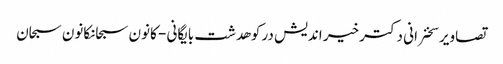
تصاویر سخنرانی دکتر خیر اندیش در کوهدشت بایگانی - کانون سبحانکانون سبحان